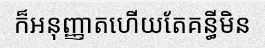
ក៏អនុញ្ញាតហើយតែគន្ធីមិន